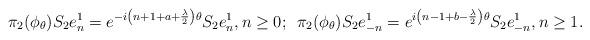
LaTeX: \begin{align*}\pi_{2}(\phi_{\theta}) S_{2} e_{n}^{1} = e^{-i \left(n + 1 + a + \frac{\lambda}{2} \right) \theta} S_{2} e_{n}^{1}, n \geq 0;\,\,\,\pi_{2}(\phi_{\theta}) S_{2} e_{-n}^{1} = e^{i \left(n - 1 + b - \frac{\lambda}{2} \right) \theta} S_{2} e_{-n}^{1}, n \geq 1.\end{align*}